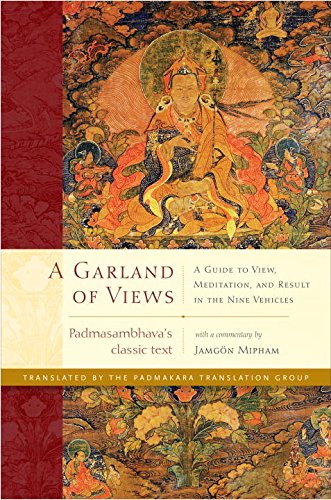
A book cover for A Garland of Views: A Guide to View, Meditation, and Result in the Nine Vehicles; Padmasambhava; Religion & Spirituality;